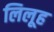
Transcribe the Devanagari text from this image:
लिलूह